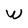
Character: W